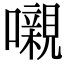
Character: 嚫